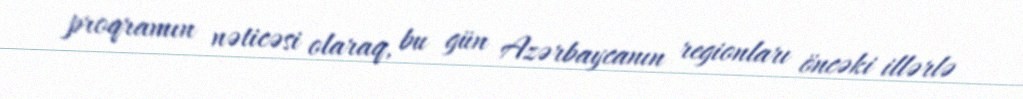
proqramın nəticəsi olaraq, bu gün Azərbaycanın regionları öncəki illərlə